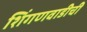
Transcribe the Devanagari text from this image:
शिंगणवाडीची